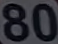
80